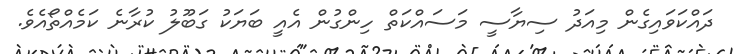
ދައްކަވައިގެން މިއަދު ސިޔާސީ މަސައްކަތް ހިންގުން އެއީ ބަޔަކު ގަބޫލު ކުރާނެ ކަމެއްތޯއެވެ.